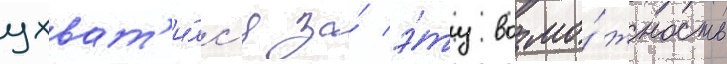
ухват'и́лс'я за́ э́ту возмо́жность